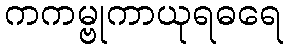
ကကမ္ဗုကာယုရဓရေ